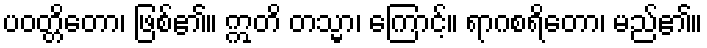
ပဝတ္တိတော၊ ဖြစ်၏။ ဣတိ တသ္မာ၊ ကြောင့်။ ရာဂစရိတော၊ မည်၏။